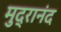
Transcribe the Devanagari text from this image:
मुद्रानंद